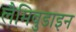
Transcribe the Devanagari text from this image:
लैमिवुडाइन